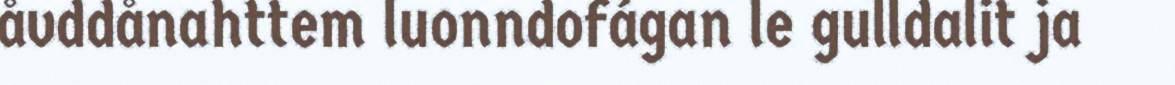
åvddånahttem luonndofágan le gulldalit ja